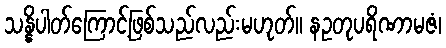
သန္နိပါတ်ကြောင့်ဖြစ်သည်လည်းမဟုတ်။ နဥတုပရိဏာမဇံ၊